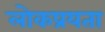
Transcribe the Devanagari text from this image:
लोकप्रयता